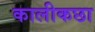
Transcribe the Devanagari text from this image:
कालीकछा